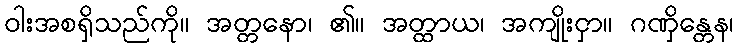
ဝါးအစရှိသည်ကို။ အတ္တနော၊ ၏။ အတ္ထာယ၊ အကျိုးငှာ။ ဂဏှိန္တေန၊